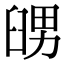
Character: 𦥶